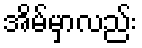
အိမ်မှာလည်း